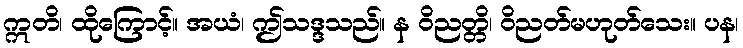
ဣတိ၊ ထိုကြောင့်။ အယံ၊ ဤသဒ္ဒသည်။ န ဝိညတ္တိ၊ ဝိညတ်မဟုတ်သေး။ ပန၊